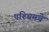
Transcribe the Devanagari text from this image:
पश्‍चिमचे